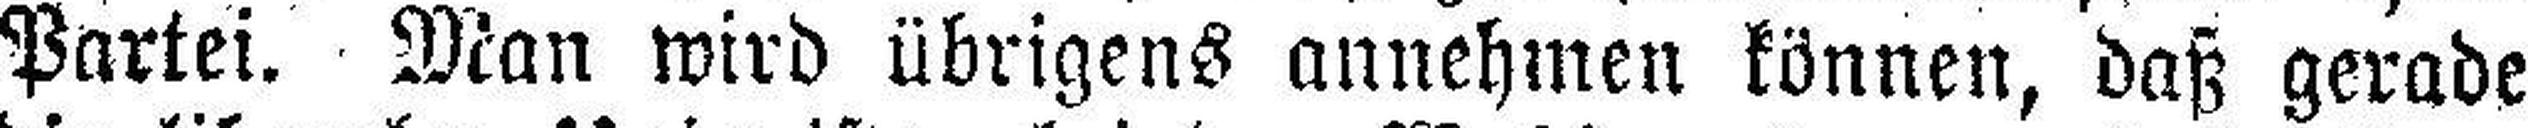
Partei. Man wird übrigens annehmen können, daß gerade